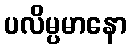
ပလိမ္ပမာနော